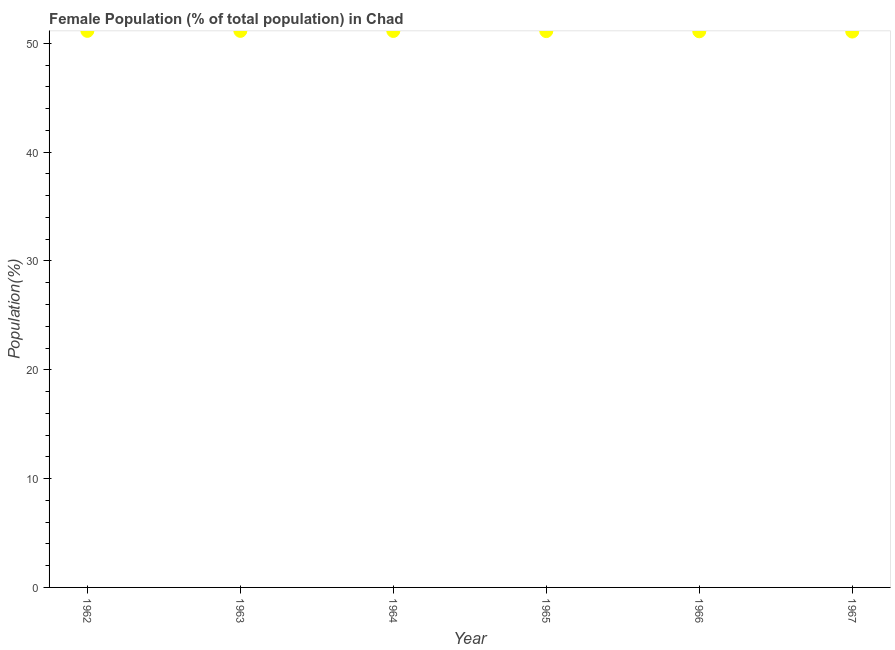
| Year | Female |
 | --- | --- |
 | 1962 | 51.1 |
 | 1963 | 51.1 |
 | 1964 | 51.1 |
 | 1965 | 51.1 |
 | 1966 | 51.1 |
 | 1967 | 51.1 |